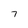
Character: 7